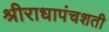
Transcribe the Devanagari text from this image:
श्रीराधापंचशती